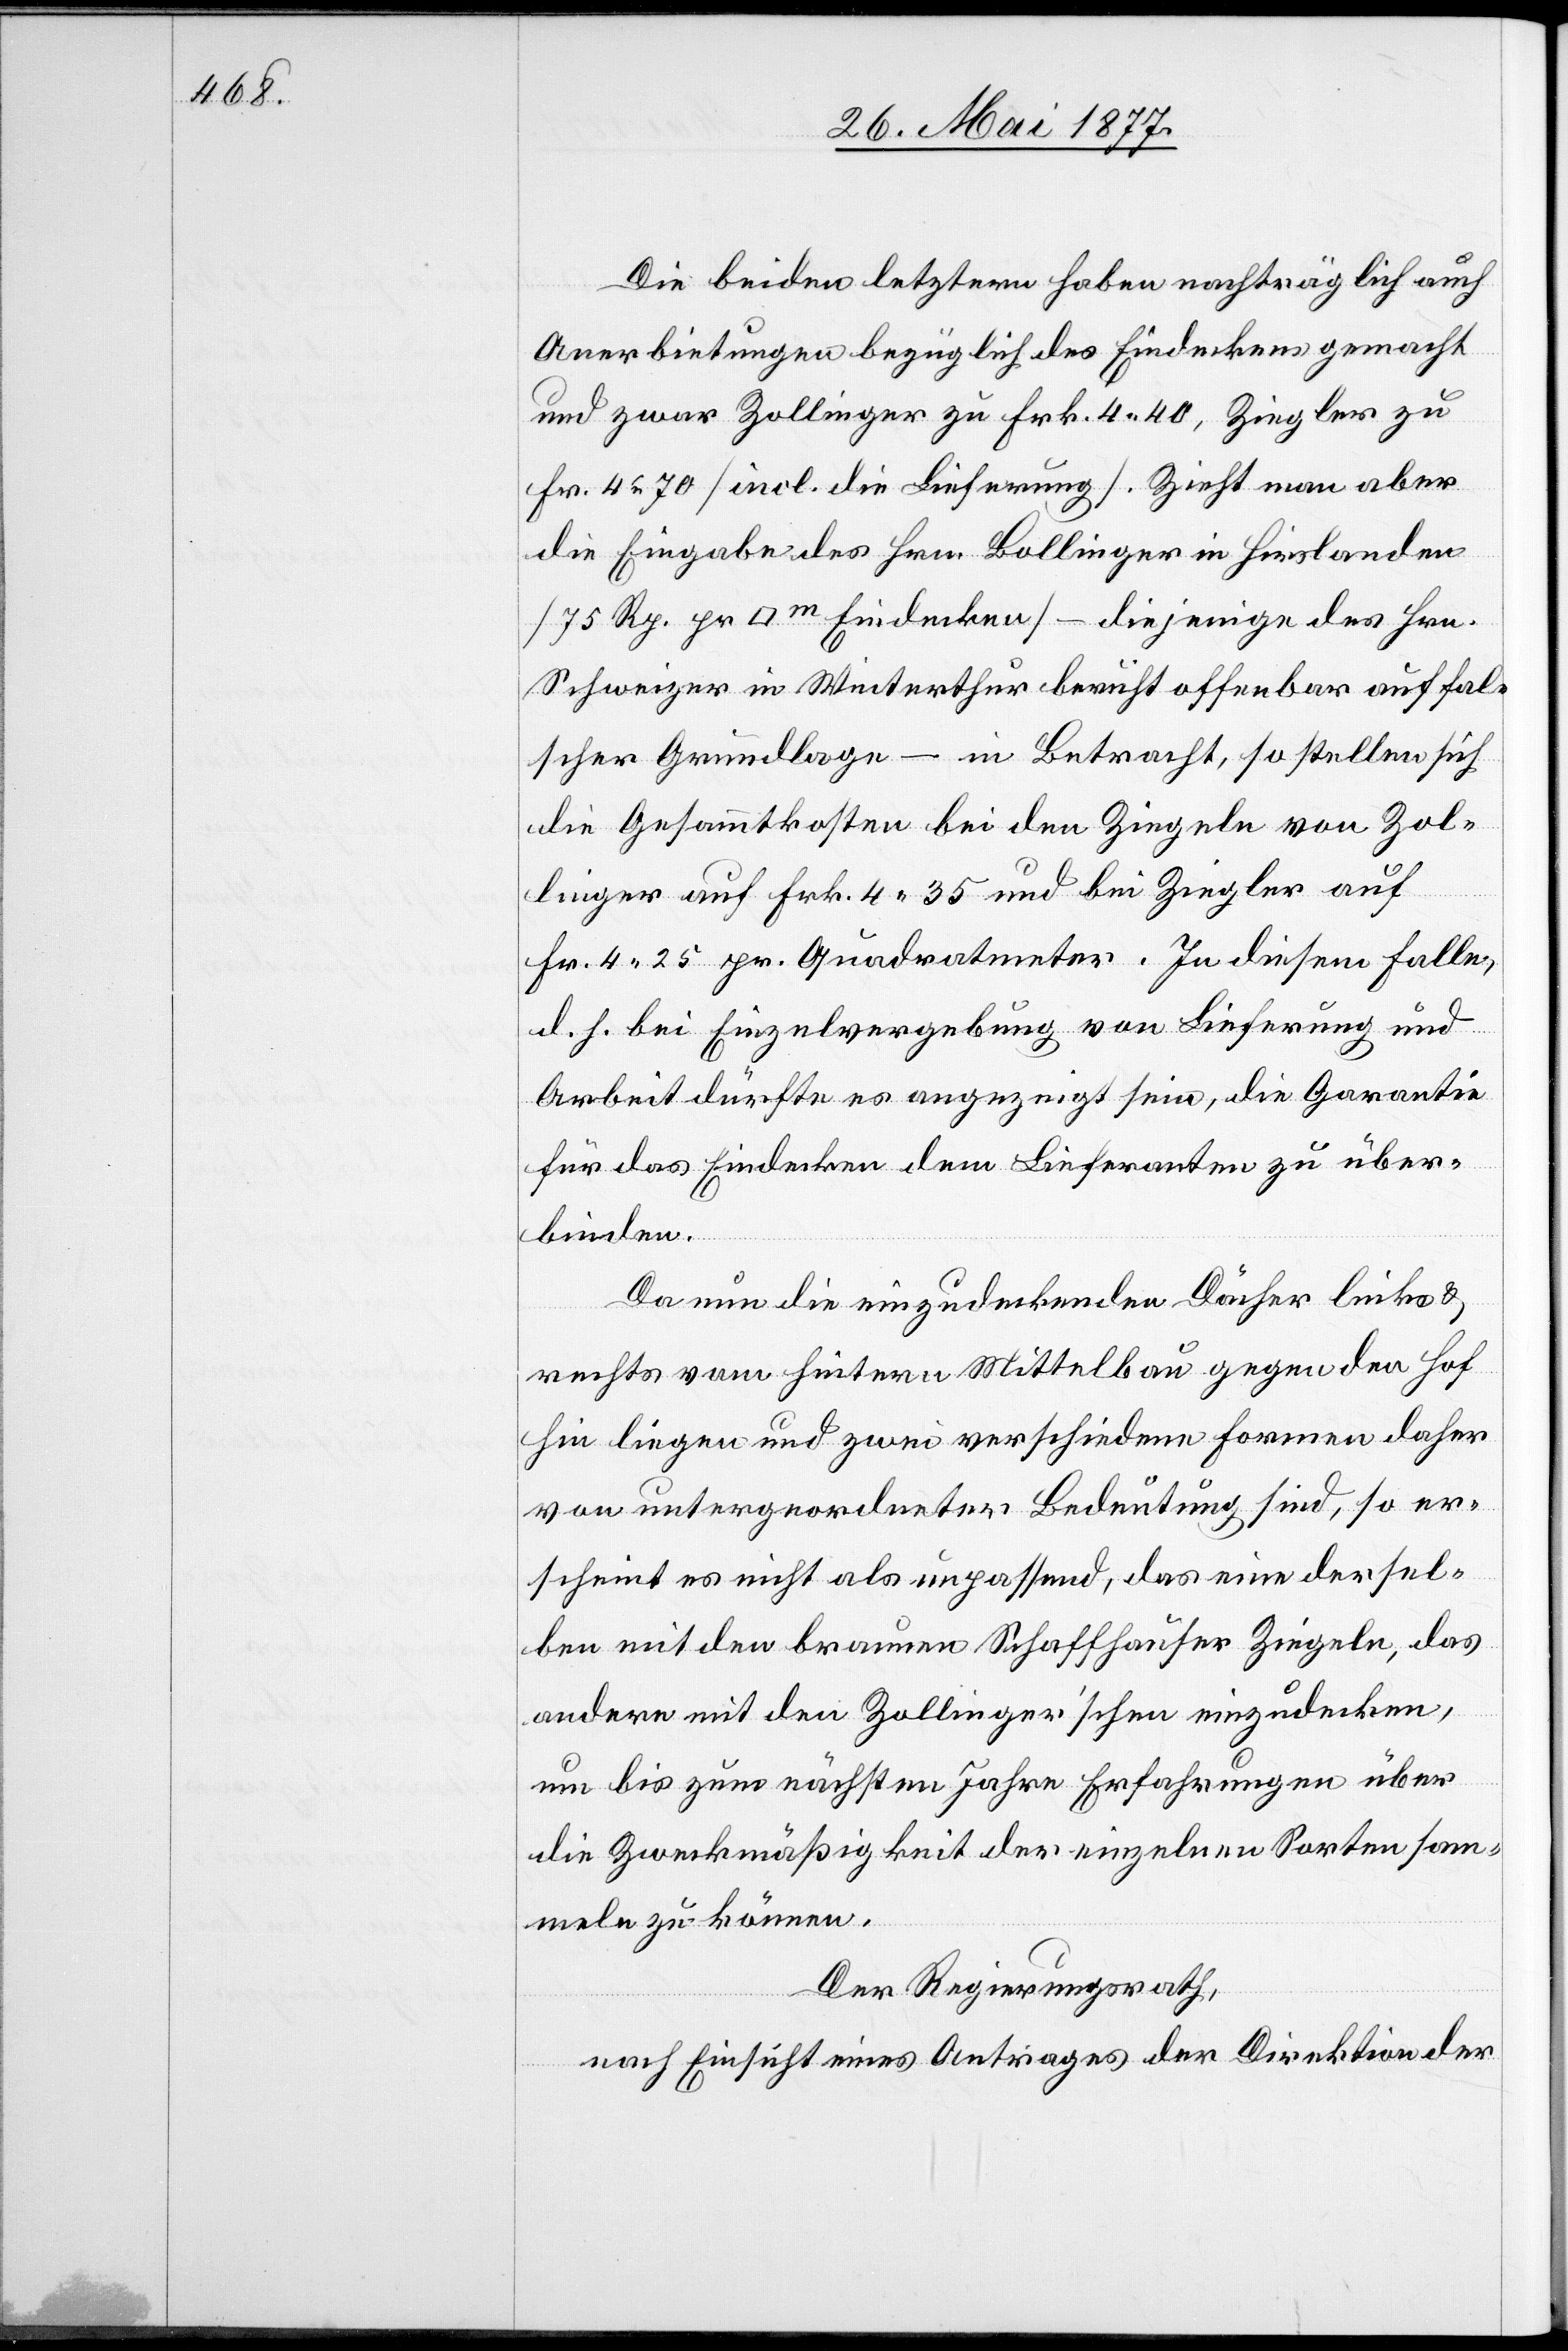
Die beiden letztern haben nachträglich auch
Anerbietungen bezüglich Eindeckens gemacht
und zwar Zollinger zu Frk. 4 40, Ziegler zu
Fr. 4 70 [incl. Lieferung]. Zieht man aber
die Eingabe des Hrn. Bollinger in Hirslanden
[75 Rp. pr [Quadratmeter] Eindecken] – diejenigen des Hrn.
Schweizer in Winterthur beruht offenbar auf fal¬
scher Grundlage – in Betracht, so stellen sich
die Gesammtkosten bei den Ziegeln von Zol¬
linger auf Frk. 4 35 und bei Ziegler auf
Fr. 4 25 pr. Quadratmeter. In diesem Falle,
d. h. bei Einzelvergebung von Lieferung und
Arbeit dürfte es angezeigt sein, die Garantie
für das Eindecken dem Lieferanten zu über¬
binden.
Da nun die einzudeckenden Dächer links &
rechts vom hintern Mittelbau gegen den Hof
hin liegen und zwei verschiedene Formen daher
von untergeordneter Bedeutung sind, so er¬
scheint es nicht als unpassend, das eine dersel¬
ben mit den braunen Schaffhauser Ziegeln, das
andere mit den Zollinger’schen einzudecken,
um bis zum nächsten Jahre Erfahrungen über
die Zweckmäßigkeit der einzelnen Sorten sam¬
meln zu können.
Der Regierungsrath,
nach Einsicht eines Antrages der Direktion der